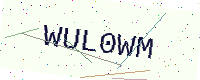
Text: WUL0WM